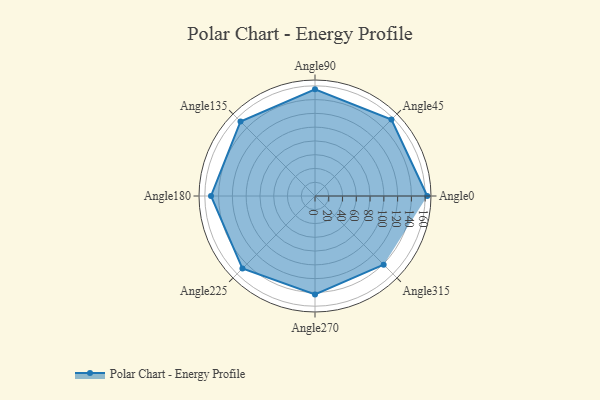
{"axis": {"x": "Angle", "y": "Radius"}, "legend": [""], "data": [{"x": "Angle0", "y": 163.0, "type": ""}, {"x": "Angle45", "y": 157.0, "type": ""}, {"x": "Angle90", "y": 155.0, "type": ""}, {"x": "Angle135", "y": 153.0, "type": ""}, {"x": "Angle180", "y": 151.0, "type": ""}, {"x": "Angle225", "y": 149.0, "type": ""}, {"x": "Angle270", "y": 143.0, "type": ""}, {"x": "Angle315", "y": 141.0, "type": ""}]}